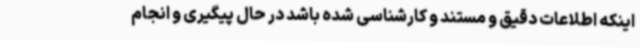
اینکه اطلاعات دقیق و مستند و کارشناسی شده باشد در حال پیگیری و انجام